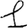
Digit: 1